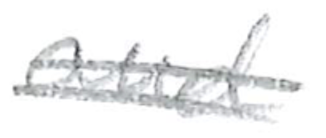
Text: cutlery
Cross-out: double-line
Writing tool: pencil